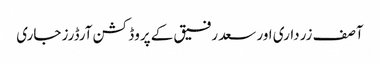
آصف زرداری اور سعد رفیق کے پروڈکشن آرڈرز جاری